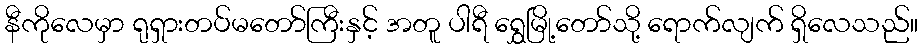
နီကိုလေမှာ ရုရှားတပ်မတော်ကြီးနှင့် အတူ ပါရီ ရွှေမြို့တော်သို့ ရောက်လျက် ရှိလေသည်။